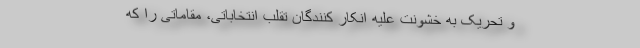
و تحریک به خشونت علیه انکار کنندگان تقلب انتخاباتی، مقاماتی را که